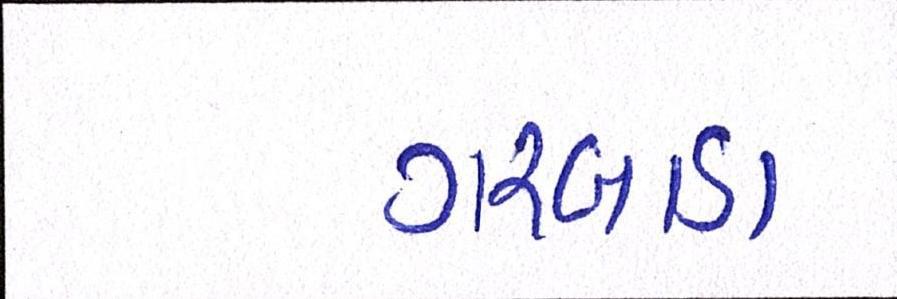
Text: ગરબાડા